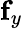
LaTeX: \mathbf{f}_{y}